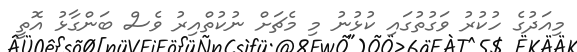
މިއަދުގެ ހުކުރު ވަގުތުގައި ކުޅުނު މި މެޗަށް ނުކުތްއިރު ވެސް ބަންގާޅު އޮތީ